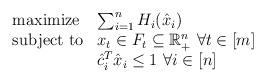
LaTeX: \begin{align*}\begin{array}{ll}\mbox{maximize}& \sum_{i=1}^n H_i(\hat{x}_i)\\\mbox{subject to}& x_t \in F_t\subseteq \mathbb{R}_+^n~\forall t\in[m]\\&\hat{c}_i^T \hat{x}_i\leq 1~\forall i\in[n]\end{array}\end{align*}